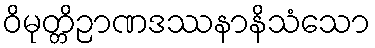
ဝိမုတ္တိဉာဏဒဿနာနိသံသော